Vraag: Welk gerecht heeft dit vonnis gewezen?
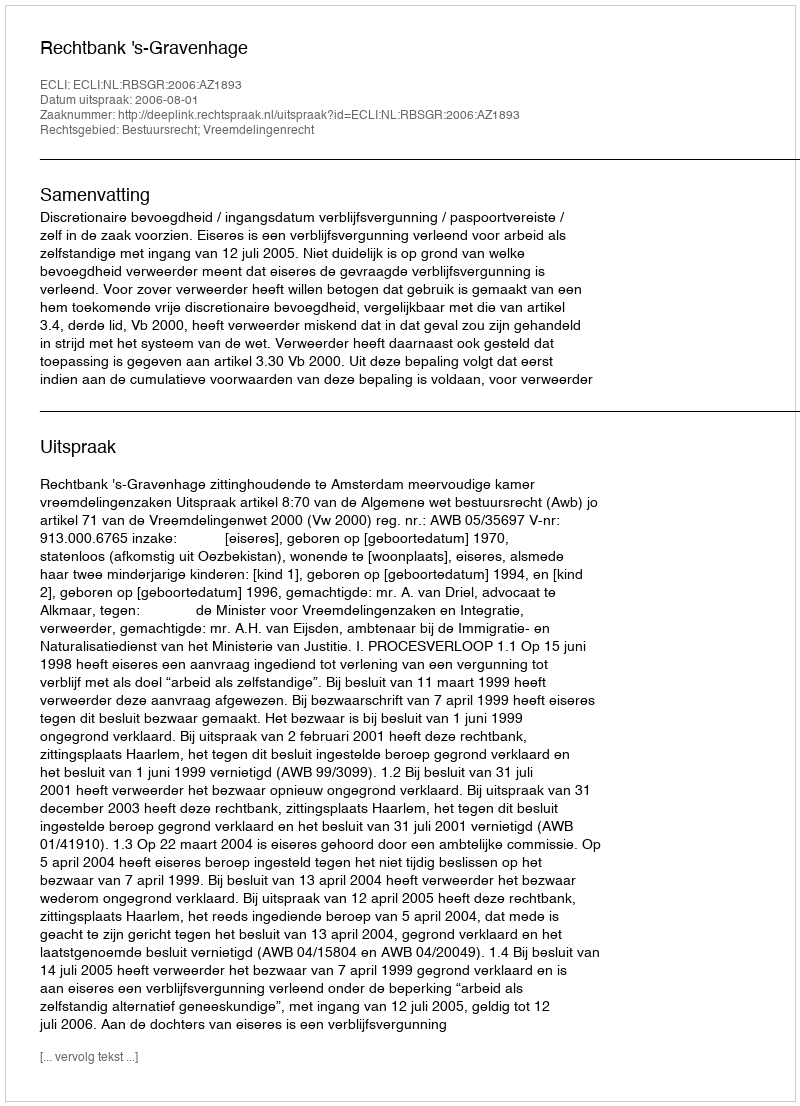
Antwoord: Rechtbank 's-Gravenhage